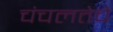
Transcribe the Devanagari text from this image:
चंचलतेचे